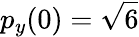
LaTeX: p_{y}(0)=\sqrt{6}